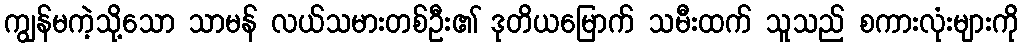
ကျွန်မကဲ့သို့သော သာမန် လယ်သမားတစ်ဦး၏ ဒုတိယမြောက် သမီးထက် သူသည် စကားလုံးများကို